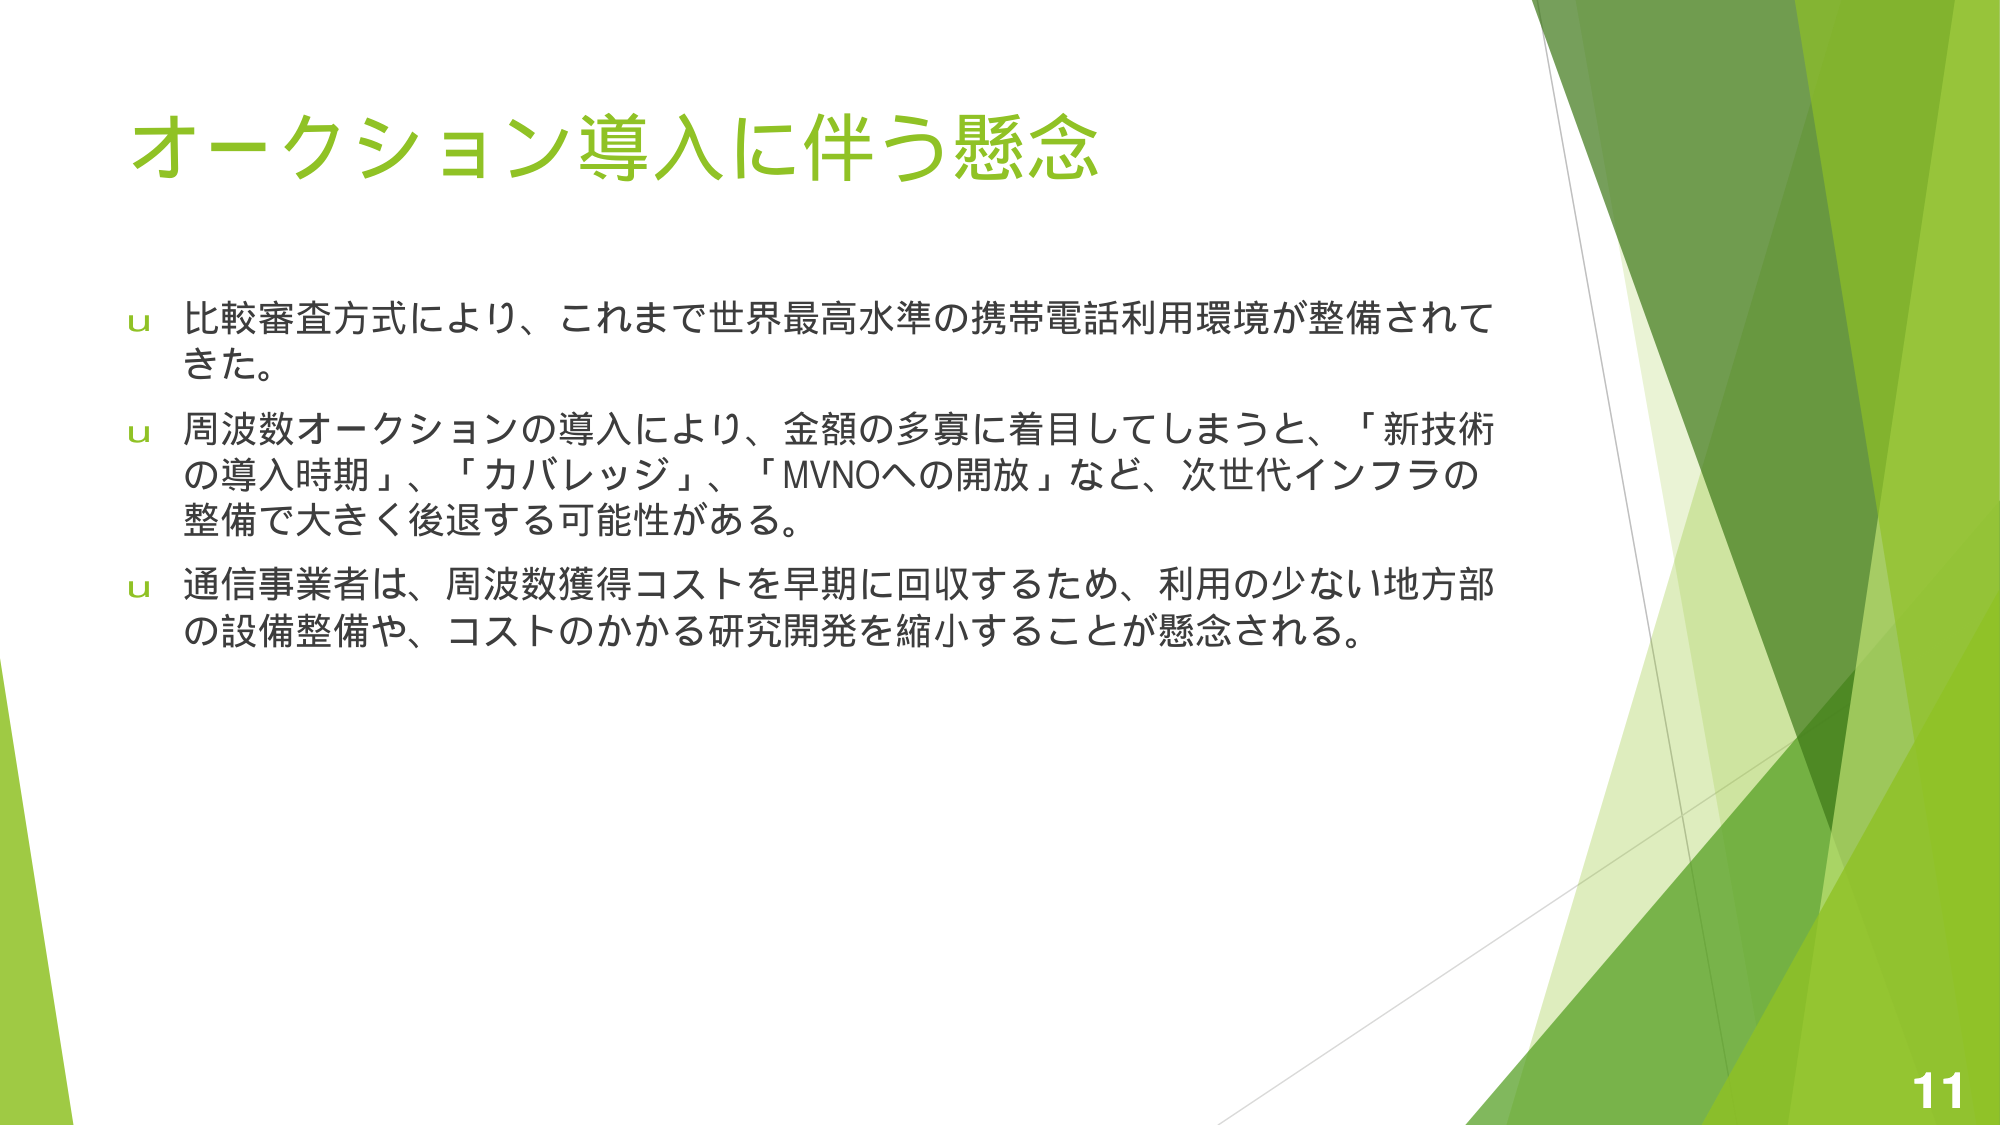
オークション導入に伴う懸念

u 比較審査方式により、これまで世界最高水準の携帯電話利用環境が整備されてきた。

u 周波数オークションの導入により、金額の多寡に着目してしまうと、「新技術の導入時期」、「カバレッジ」、「MVNOへの開放」など、次世代インフラの整備で大きく後退する可能性がある。

u 通信事業者は、周波数獲得コストを早期に回収するため、利用の少ない地方部の設備整備や、コストのかかる研究開発を縮小することが懸念される。

11